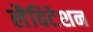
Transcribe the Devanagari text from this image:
लैविटेशन